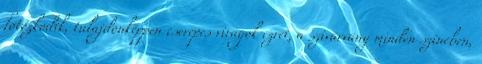
fotózkodik, tulajdonképpen cserepes virágok ezrei, a szivárvány minden színében,